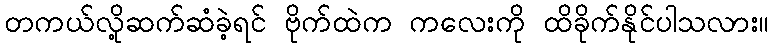
တကယ်လို့ဆက်ဆံခဲ့ရင် ဗိုက်ထဲက ကလေးကို ထိခိုက်နိုင်ပါသလား။